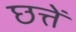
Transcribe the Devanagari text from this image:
छत्तें